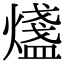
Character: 𤐒